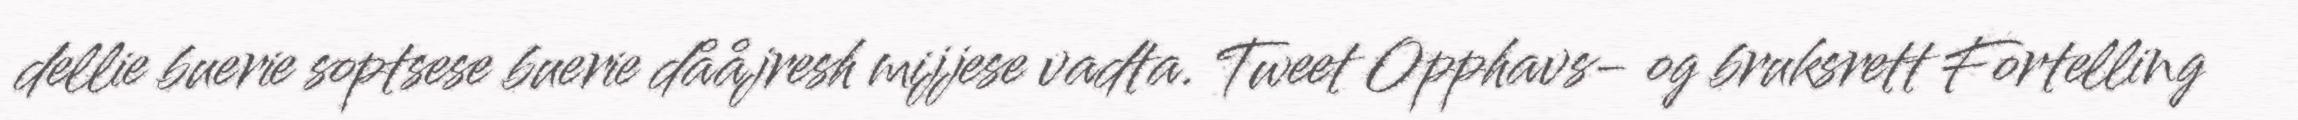
dellie buerie soptsese buerie dååjresh mijjese vadta. Tweet Opphavs- og bruksrett Fortelling